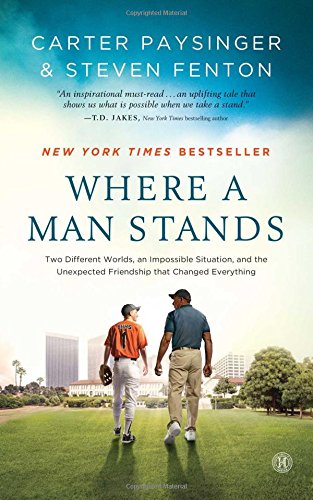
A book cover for Where a Man Stands: Two Different Worlds, an Impossible Situation, and the Unexpected Friendship that Changed Everything; Carter Paysinger; Biographies & Memoirs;